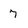
Character: 7